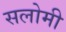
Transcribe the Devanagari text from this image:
सलोमी